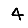
Digit: 4